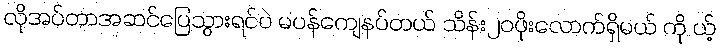
လိုအပ်တာအဆင်ပြေသွားရင်ပဲ မပန်ကျေနပ်တယ် သိန်း၂၀ဖိုးလောက်ရှိမယ် ကို ယ့်